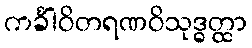
ကင်္ခါဝိတရဏဝိသုဒ္ဓတ္ထာ